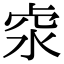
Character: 𠧶